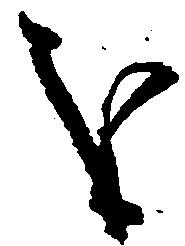
を